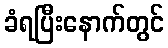
ခံရပြီးနောက်တွင်